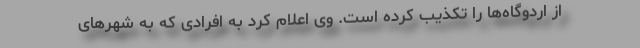
از اردوگاه‌ها را تکذیب کرده است. وی اعلام کرد به افرادی که به شهرهای